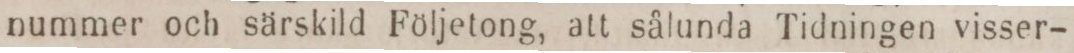
nummer och särskild Följetong, att sålunda Tidningen visser-